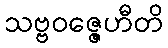
သဗ္ဗဝဇ္ဇေဟီတိ